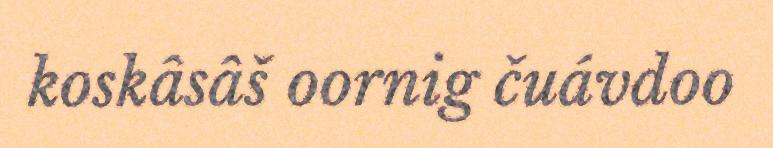
koskâsâš oornig čuávdoo